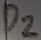
Text: D2